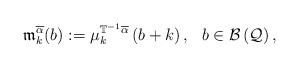
LaTeX: \begin{align*}\mathfrak{m}_{k}^{\overline{\alpha }}(b):=\mu _{k}^{\mathbb{T}^{-1}\overline{\alpha }}\left( b +k\right) ,\ \ b\in \mathcal{B}\left(\mathcal{Q}\right) , \end{align*}